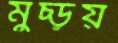
মুচ্‌ড়য়